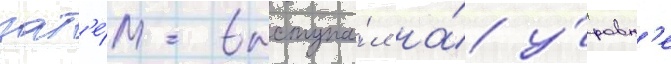
зат'е́м выступа́л на́ у́ровн'е